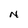
Character: N